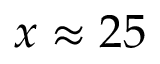
x \approx 2 5